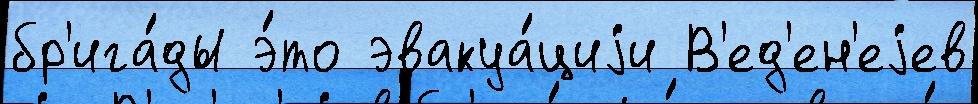
бр'ига́ды э́то эвакуа́циjи В'ед'ен'еjев